Report of the King Institute of Preventive Medicine, Guindy
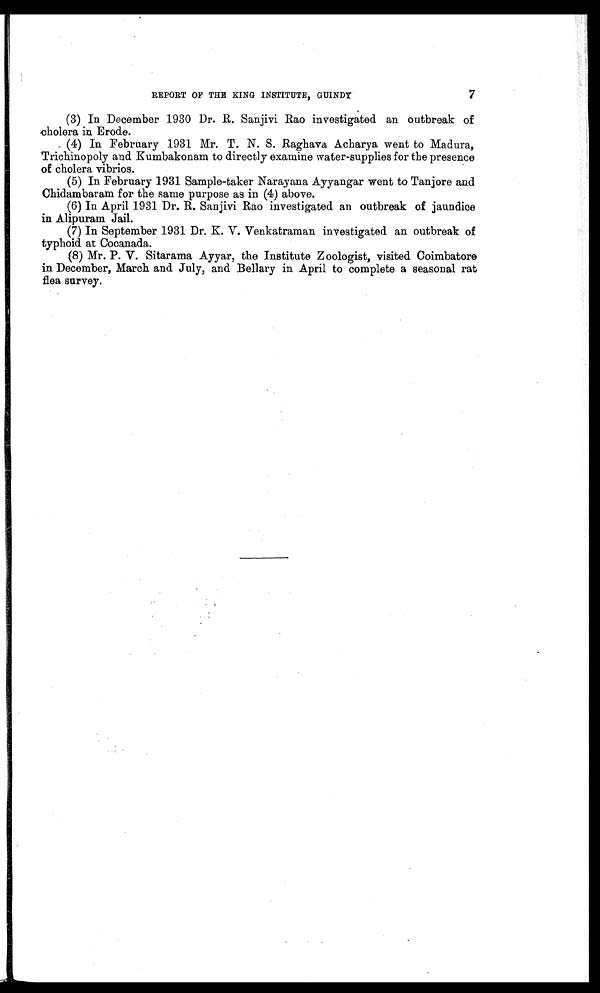
7
REPORT OF THE KING INSTITUTE, GUINDY
(3) In December 1930 Dr. R. Sanjivi Rao investigated an outbreak of
cholera in Erode.
(4) In February 1931 Mr. T. N. S. Raghava Acharya went to Madura,
Trichinopoly and Kumbakonam to directly examine water-supplies for the presence
of cholera vibrios.
(5) In February 1931 Sample-taker Narayana Ayyangar went to Tanjore and
Chidambaram for the same purpose as in (4) above.
(6) In April 1931 Dr. R. Sanjivi Rao investigated an outbreak of jaundice
in Alipuram Jail.
(7) In September 1931 Dr. K. V. Venkatraman investigated an outbreak of
typhoid at Cocanada.
(8) Mr. P. V. Sitarama Ayyar, the Institute Zoologist, visited Coimbatore
in December, March and July, and Bellary in April to complete a seasonal rat
flea survey.